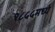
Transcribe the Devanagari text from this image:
१८५५मध्ये